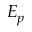
E _ { p }